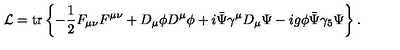
{ \cal L } = \mathrm { t r } \left\{ - \frac { 1 } { 2 } F _ { \mu \nu } F ^ { \mu \nu } + D _ { \mu } \phi D ^ { \mu } \phi + i \bar { \Psi } \gamma ^ { \mu } D _ { \mu } \Psi - i g \phi \bar { \Psi } \gamma _ { 5 } \Psi \right\} .